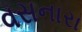
વસનારા